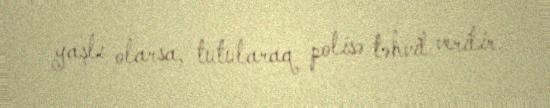
yaşlı olarsa, tutularaq polisə təhvil verilir.